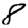
Digit: 8